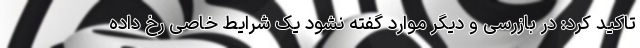
تاکید کرد: در بازرسی و دیگر موارد گفته نشود یک شرایط خاصی رخ داده